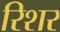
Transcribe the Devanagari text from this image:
रिशर